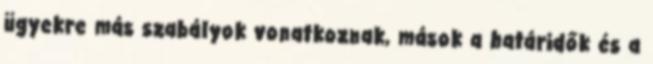
ügyekre más szabályok vonatkoznak, mások a határidők és a